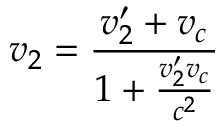
v _ { 2 } = { \frac { v _ { 2 } ^ { \prime } + v _ { c } } { 1 + { \frac { v _ { 2 } ^ { \prime } v _ { c } } { c ^ { 2 } } } } }